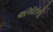
અખાતની